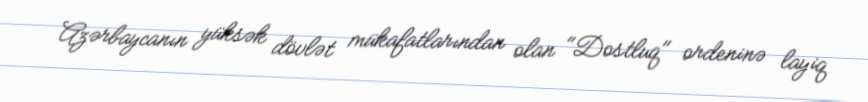
Azərbaycanın yüksək dövlət mükafatlarından olan "Dostluq" ordeninə layiq